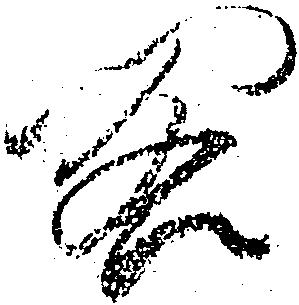
閣